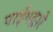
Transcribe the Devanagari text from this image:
पाईपद्वारे